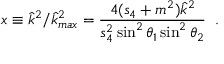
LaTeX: x \equiv \hat { k } ^ { 2 } / \hat { k } _ { m a x } ^ { 2 } = \frac { 4 ( s _ { 4 } + m ^ { 2 } ) \hat { k } ^ { 2 } } { s _ { 4 } ^ { 2 } \sin ^ { 2 } \theta _ { 1 } \sin ^ { 2 } \theta _ { 2 } } \; \; .